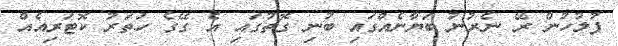
ފުލުހުން ރޭ ނެރުނު ބަޔާނެއްގައި ބުނި ގޮތުގައި އެ ގޭގެ ހަތަރު ކޮޓަރިއެއް